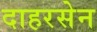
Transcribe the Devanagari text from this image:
दाहरसेन